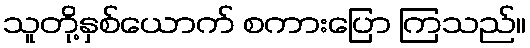
သူတို့နှစ်ယောက် စကားပြော ကြသည်။